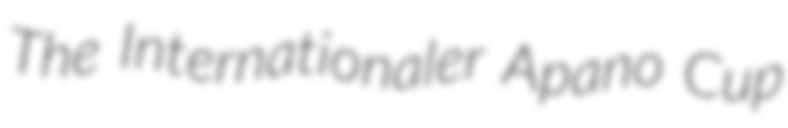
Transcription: The Internationaler Apano Cup